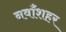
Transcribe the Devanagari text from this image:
नवाँशहर